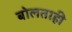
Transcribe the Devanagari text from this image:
बोलताही